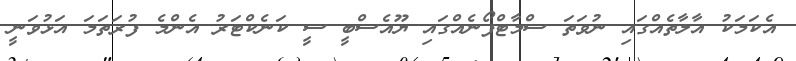
އެކަމަކު އާލާތެއްގައި ނުވަތަ ސްމާޓްފޯނެއްގައި ޔޫއެސްބީ ސީ ކަނެކްޓަރު އެންމެ ފުރަތަމަ އަޅުވަނީ